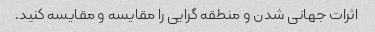
اثرات جهانی شدن و منطقه گرایی را مقایسه و مقایسه کنید.